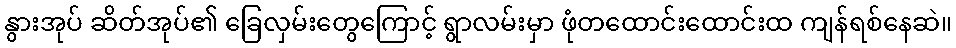
နွားအုပ် ဆိတ်အုပ်၏ ခြေလှမ်းတွေကြောင့် ရွာလမ်းမှာ ဖုံတထောင်းထောင်းထ ကျန်ရစ်နေဆဲ။